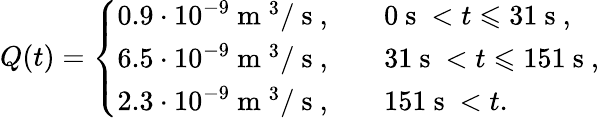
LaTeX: Q(t)=\left\{ \begin{array}{ll}{0.9\cdot 10^{-9}\mathrm{~m~}^{3}/\mathrm{~s~},\quad}&{0\mathrm{~s~}<t\leqslant 31\mathrm{~s~},}\\ {6.5\cdot 10^{-9}\mathrm{~m~}^{3}/\mathrm{~s~},\quad}&{31\mathrm{~s~}<t\leqslant 151\mathrm{~s~},}\\ {2.3\cdot 10^{-9}\mathrm{~m~}^{3}/\mathrm{~s~},\quad}&{151\mathrm{~s~}<t.}\end{array}\right.